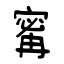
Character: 寗